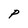
Character: P